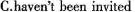
C.haven't been invited